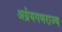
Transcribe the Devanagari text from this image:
अग्रेयगणराज्य